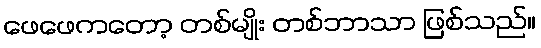
ဖေဖေကတော့ တစ်မျိုး တစ်ဘာသာ ဖြစ်သည်။